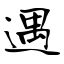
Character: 遇